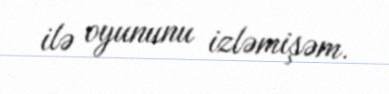
ilə oyununu izləmişəm.